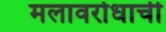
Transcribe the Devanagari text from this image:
मलावरोधाची